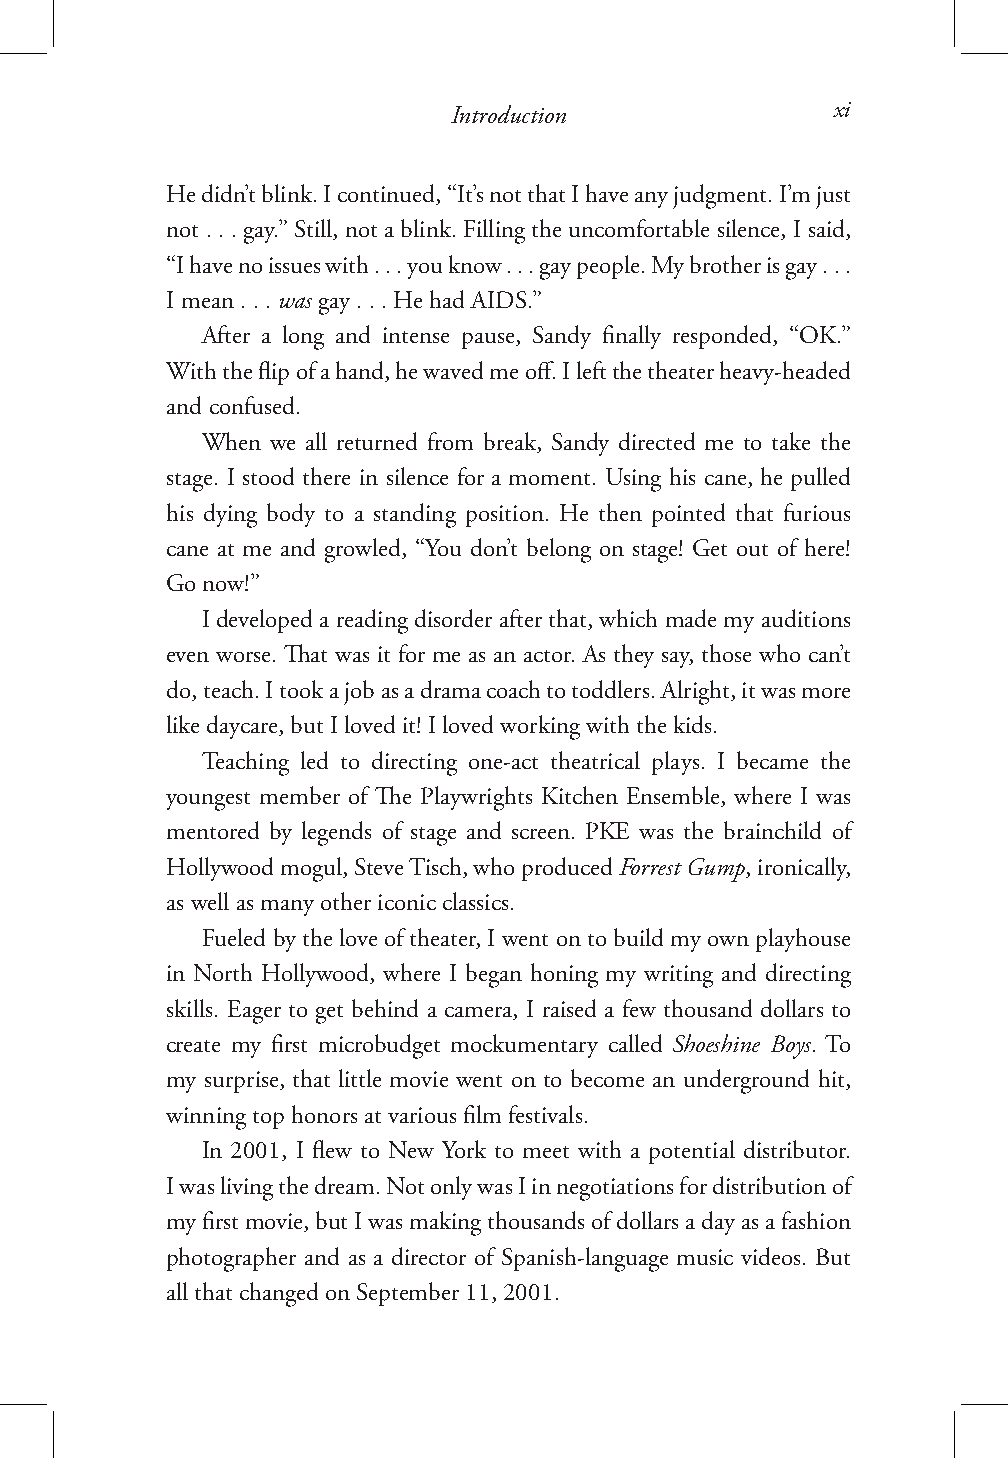
Introduction             xi
 He didn’t blink. I continued, “It’s not that I have any judgment. I’m just
 not . . . gay.” Still, not a blink. Filling the uncomfortable silence, I said,
 “I have no issues with . . . you know . . . gay people. My brother is gay . . .
 I mean . . . was gay . . . He had AIDS.”
 After a long and intense pause, Sandy finally responded, “OK.”
 With the flip of a hand, he waved me off. I left the theater heavy-headed
 and confused.
 When we all returned from break, Sandy directed me to take the
 stage. I stood there in silence for a moment. Using his cane, he pulled
 his dying body to a standing position. He then pointed that furious
 cane at me and growled, “You don’t belong on stage! Get out of here!
 Go now!”
 I developed a reading disorder after that, which made my auditions
 even worse. That was it for me as an actor. As they say, those who can’t
 do, teach. I took a job as a drama coach to toddlers. Alright, it was more
 like daycare, but I loved it! I loved working with the kids.
 Teaching led to directing one-act theatrical plays. I became the
 youngest member of The Playwrights Kitchen Ensemble, where I was
 mentored by legends of stage and screen. PKE was the brainchild of
 Hollywood mogul, Steve Tisch, who produced Forrest Gump, ironically,
 as well as many other iconic classics.
 Fueled by the love of theater, I went on to build my own playhouse
 in North Hollywood, where I began honing my writing and directing
 skills. Eager to get behind a camera, I raised a few thousand dollars to
 create my first microbudget mockumentary called Shoeshine Boys. To
 my surprise, that little movie went on to become an underground hit,
 winning top honors at various film festivals.
 In 2001, I flew to New York to meet with a potential distributor.
 I was living the dream. Not only was I in negotiations for distribution of
 my first movie, but I was making thousands of dollars a day as a fashion
 photographer and as a director of Spanish-language music videos. But
 all that changed on September 11, 2001.